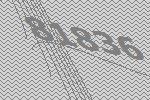
81836